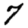
Digit: 7